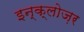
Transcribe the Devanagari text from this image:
इन्क्लोज़र